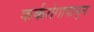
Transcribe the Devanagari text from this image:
कर्करोगापासून